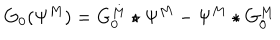
LaTeX: G _ { 0 } ( \Psi ^ { M } ) = G _ { 0 } ^ { M } \star \Psi ^ { M } - \Psi ^ { M } \star G _ { 0 } ^ { M }